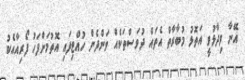
އޭނާ ވިދާޅުވީ އަތޮޅު މުބާރާތް އެތައް ދުވަސްތަކެއް ވަންދެން ހުއްޓިފައި އޮތުމަށްފަހު ފޯރިއާއެކު